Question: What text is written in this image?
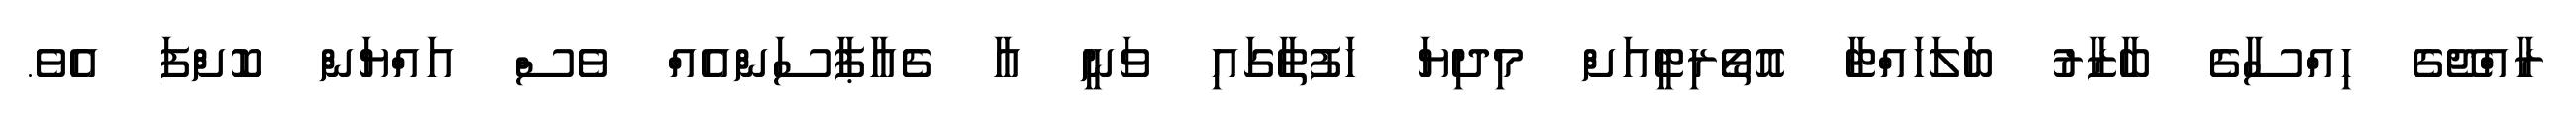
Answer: ރާއްޖޭގެ ހިއްސާގެ ބާޒާރު ބަލަހައްޓާ އޮތޯރިޓީއަށް މިދިޔަ ހަފުތާގައި ވަނީ އާ ޗެއާޕާސަންއެއް ވެސް އައްޔަން ކޮށްފަ އެވެ.